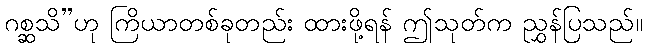
ဂစ္ဆသိ”ဟု ကြိယာတစ်ခုတည်း ထားဖို့ရန် ဤသုတ်က ညွှန်ပြသည်။